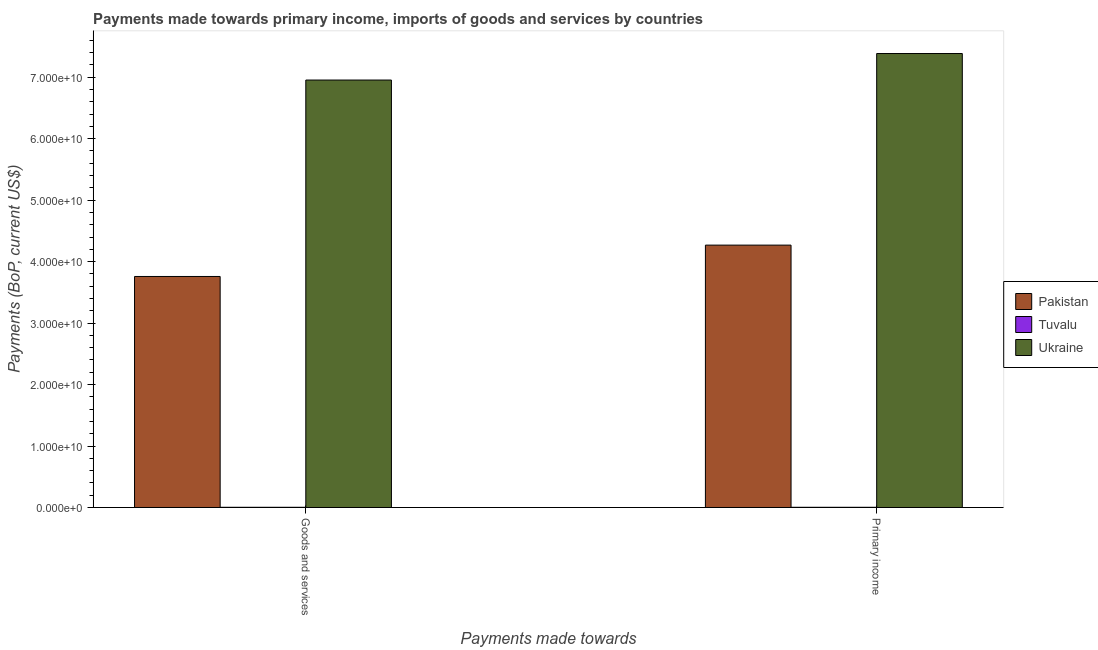
| Payments made towards | Pakistan | Tuvalu | Ukraine |
 | --- | --- | --- | --- |
 | Goods and services | 3.76e+10 | 3.16e+07 | 6.95e+10 |
 | Primary income | 4.27e+10 | 3.24e+07 | 7.39e+10 |